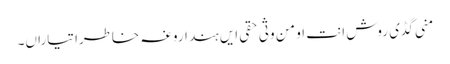
منی گڈی روش انت او من وثی حقی ایں ہند اروغہ خاطرا تیاراں۔